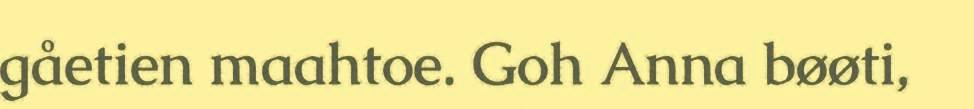
gåetien maahtoe. Goh Anna bøøti,